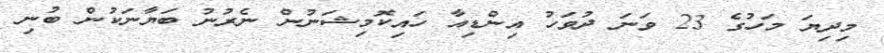
މިދިޔަ މަހުގެ 23 ވަނަ ދުވަހު އިންޑިއާ ހައިކޮމިޝަނުން ނެރުނު ބަޔާނަކުން ބުނި